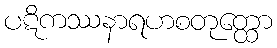
ပဋိကဿနာရဟစတုတ္ထော